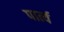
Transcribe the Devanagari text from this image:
पार्त्य